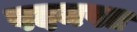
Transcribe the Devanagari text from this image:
पदमपत